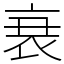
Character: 𮕩